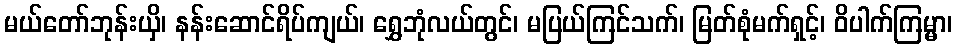
မယ်တော်ဘုန်းယှိ၊ နန်းဆောင်ရိပ်ကျယ်၊ ရွှေဘုံလယ်တွင်၊ မပြယ်ကြင်သက်၊ မြတ်စုံမက်ရှင့်၊ ဝိပါက်ကြမ္မာ၊